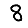
Digit: 8